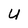
Character: U